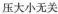
压大小无关